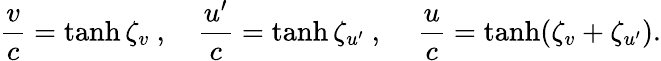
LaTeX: {\frac{v}{c}}=\operatorname{tanh}\zeta_{v}\ ,\quad{\frac{u^{\prime}}{c}}=\operatorname{tanh}\zeta_{u^{\prime}}\ ,\quad\, {\frac{u}{c}}=\operatorname{tanh}(\zeta_{v}+\zeta_{u^{\prime}}).